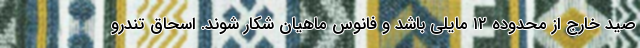
صید خارج از محدوده ۱۲ مایلی باشد و فانوس ماهیان شکار شوند. اسحاق تندرو